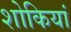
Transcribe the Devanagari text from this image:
शोकियां